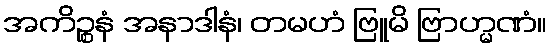
အကိဉ္စနံ အနာဒါနံ၊ တမဟံ ဗြူမိ ဗြာဟ္မဏံ။